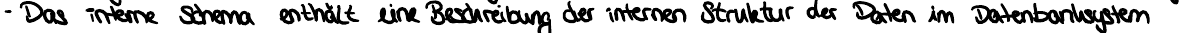
- Das interne Schema enthält eine Beschreibung der internen Struktur der Daten im Datenbanksystem